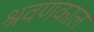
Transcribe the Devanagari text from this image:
श्रवणकाल